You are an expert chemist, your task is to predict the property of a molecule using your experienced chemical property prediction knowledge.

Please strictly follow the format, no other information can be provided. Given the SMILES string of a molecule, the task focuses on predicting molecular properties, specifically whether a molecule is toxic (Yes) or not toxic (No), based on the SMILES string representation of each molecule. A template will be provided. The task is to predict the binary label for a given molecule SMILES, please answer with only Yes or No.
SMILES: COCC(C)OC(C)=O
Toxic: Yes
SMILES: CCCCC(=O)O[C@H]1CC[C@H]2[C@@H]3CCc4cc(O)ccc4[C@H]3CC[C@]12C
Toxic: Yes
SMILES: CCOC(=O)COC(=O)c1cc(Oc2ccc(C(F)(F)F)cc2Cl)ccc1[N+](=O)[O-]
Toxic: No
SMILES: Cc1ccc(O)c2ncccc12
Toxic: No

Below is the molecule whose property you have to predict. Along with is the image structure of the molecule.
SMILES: Nc1ccc2cc(S(=O)(=O)[O-])cc(O)c2c1/N=N/c1ccccc1C(F)(F)F
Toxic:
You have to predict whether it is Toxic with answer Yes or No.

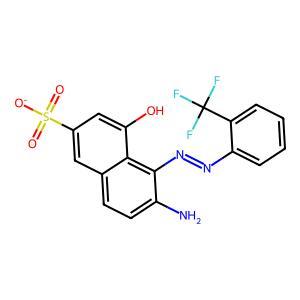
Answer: No